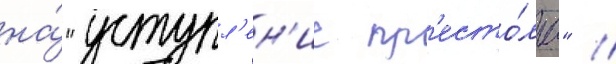
на́ "уступл'ен'ие пр'есто́ла" //